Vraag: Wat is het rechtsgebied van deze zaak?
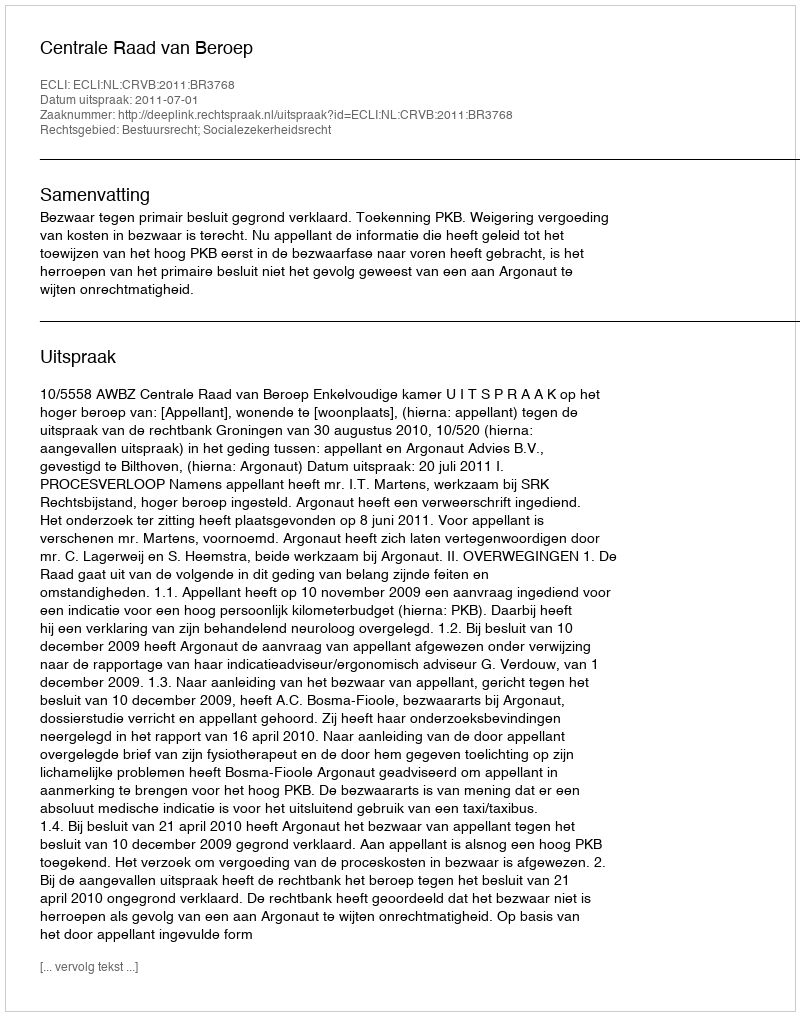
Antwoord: Bestuursrecht; Socialezekerheidsrecht